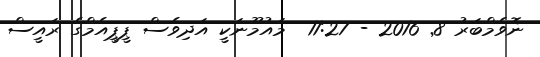
ނޮވެމްބަރު 8